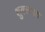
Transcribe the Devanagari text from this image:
शुक्लमत